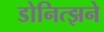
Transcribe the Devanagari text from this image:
डोनित्झने